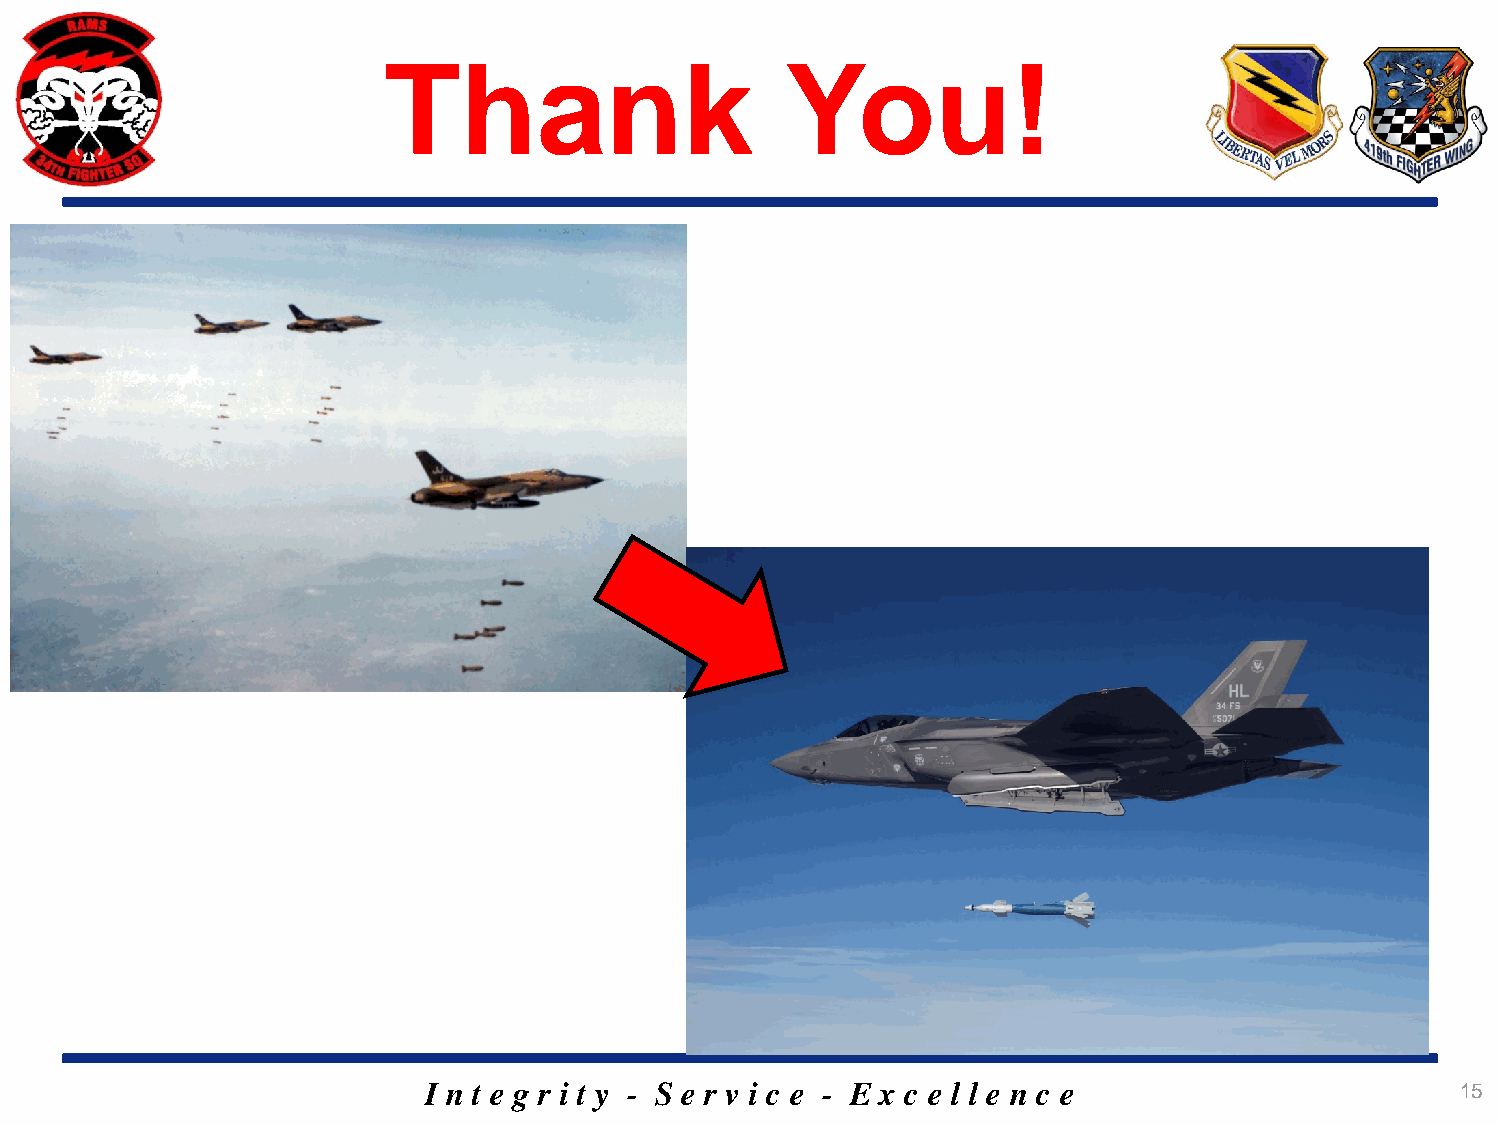
Thank                      You!
 I n t e g r i t y - S e r v i c e - E x c e l l e n c e              15